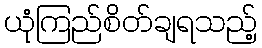
ယုံကြည်စိတ်ချရသည့်